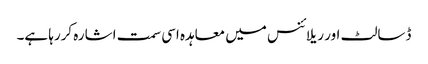
ڈسالٹ اور ریلائنس میں معاہدہ اسی سمت اشارہ کررہا ہے۔